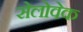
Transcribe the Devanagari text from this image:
सेलोवेक